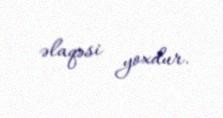
əlaqəsi yoxdur.